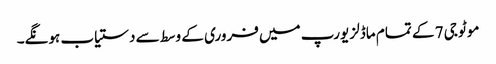
موٹو جی 7 کے تمام ماڈلز یورپ میں فروری کے وسط سے دستیاب ہونگے۔